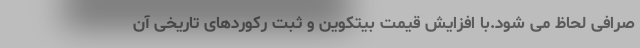
صرافی لحاظ می شود.با افزایش قیمت بیتکوین و ثبت رکوردهای تاریخی آن